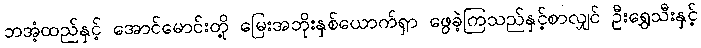
ဘအံ့ထည်နှင့် အောင်မောင်းတို့ မြေးအဘိုးနှစ်ယောက်ရှာ ဖွေခဲ့ကြသည်နှင့်စာလျှင် ဦးရွှေသီးနှင့်